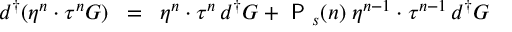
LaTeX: { d ^ { \dagger } } ( \eta ^ { n } \cdot \tau ^ { n } { \cal { G } } ) \; \; = \; \; \eta ^ { n } \cdot \tau ^ { n } \, { d ^ { \dagger } } { \cal { G } } + { \textsf { P } } _ { s } ( n ) \; \eta ^ { n - 1 } \cdot \tau ^ { n - 1 } \, { d ^ { \dagger } } { \cal { G } }